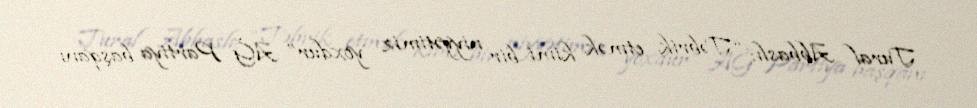
Tural Abbaslı: “Təbrik etmək kimi bir niyyətimiz yoxdur” AĞ Partiya başqanı